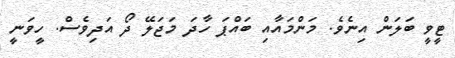
ޓީވީ ބަލަން އިނެވެ. މަންމައާއި ބައްޕަ ހާދަ މަޖަލޭ ދޯ އަދިވެސް. ހީވަނީ